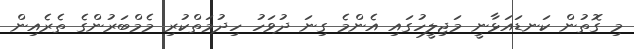
މި ގޮތުން ކަނޑައަޅާނީ މަޖިލީހުގައި އެންމެ ގިނަ ދުވަހު ހިދުމަތްކުރި މެމްބަރުންގެ ތެރެއިން